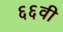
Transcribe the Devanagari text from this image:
६६वी